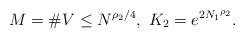
LaTeX: \begin{align*}M=\#V\leq N^{\rho_2/4},\ K_2=e^{2{N_1}^{\rho_2}}.\end{align*}